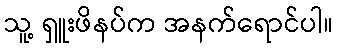
သူ့ ရှူးဖိနပ်က အနက်ရောင်ပါ။